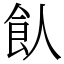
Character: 飤